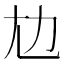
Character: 𡯄